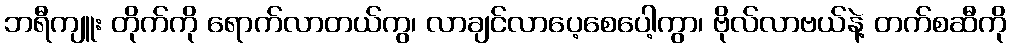
ဘရီကျူး တိုက်ကို ရောက်လာတယ်ကွ၊ လာချင်လာပေ့စေပေါ့ကွာ၊ ဗိုလ်လာဗယ်နဲ့ တက်စဆီကို